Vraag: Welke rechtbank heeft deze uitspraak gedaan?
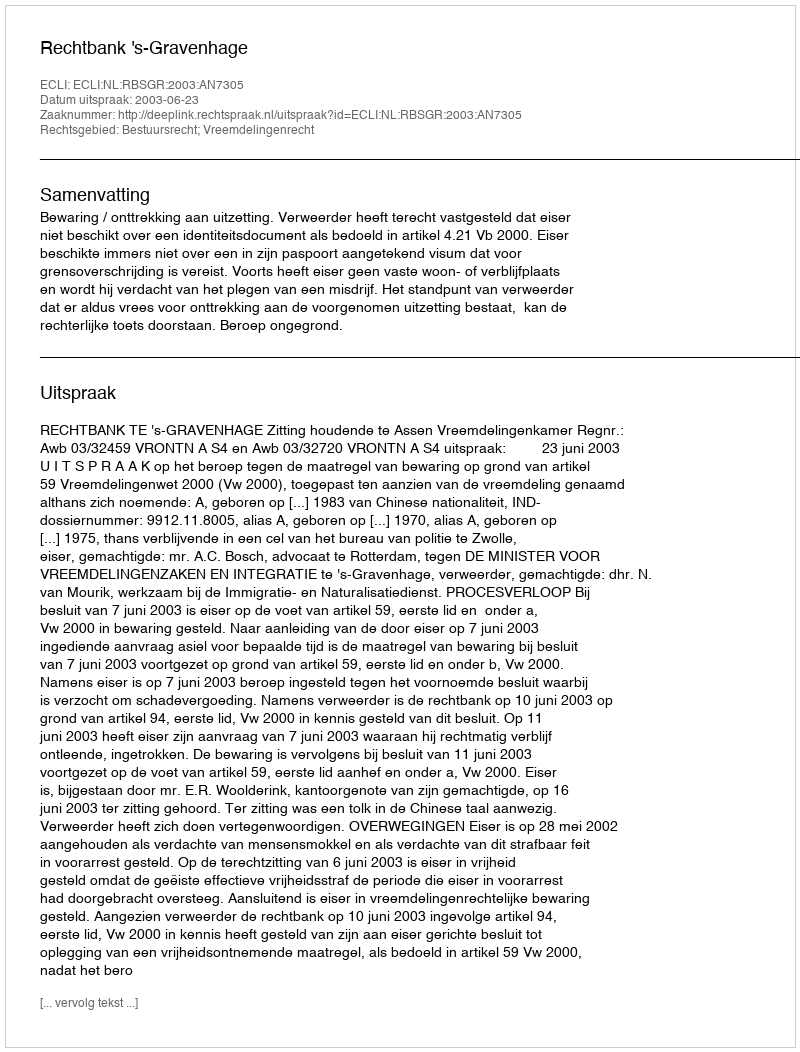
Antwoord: Rechtbank 's-Gravenhage